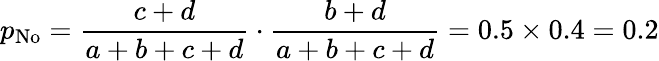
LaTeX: p_{\mathrm{No}}={\frac{c+d}{a+b+c+d}}\cdot{\frac{b+d}{a+b+c+d}}=0.5\times 0.4=0.2